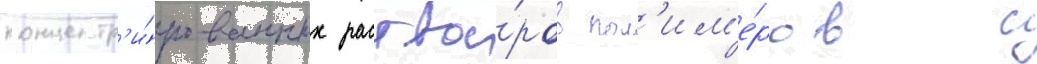
концентр'и́рованных раство́ров пол'им'е́ров с